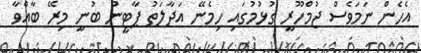
އެހެން ނަމަވެސް ޖުމްހޫރީ ގުޅުމުގައި ހިމެނޭ އަދާލަތު ޕާޓީން ބުނީ މިރޭ ބާއްވާ